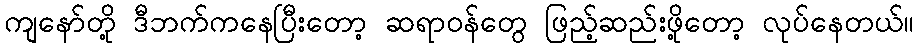
ကျနော်တို့ ဒီဘက်ကနေပြီးတော့ ဆရာဝန်တွေ ဖြည့်ဆည်းဖို့တော့ လုပ်နေတယ်။